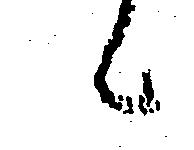
候